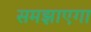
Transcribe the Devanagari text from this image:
समझाएगा